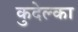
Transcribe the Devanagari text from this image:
कुदेल्का